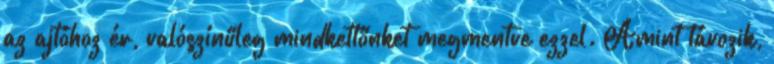
az ajtóhoz ér, valószínűleg mindkettőnket megmentve ezzel. Amint távozik,